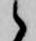
候